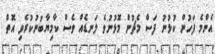
އެންމެ ފަހުން ކުޅުނު ފަސް މެޗުން މޮޅުނުވެ ލަނޑެއް ވެސް ކާމިޔާބުނުކުރެވި އޮތް